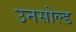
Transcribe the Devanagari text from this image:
उनसोल्ड